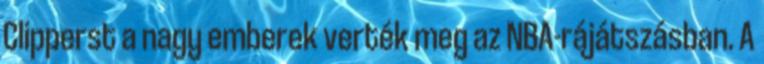
Clipperst a nagy emberek verték meg az NBA-rájátszásban. A